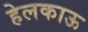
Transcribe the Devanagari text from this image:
हेलकाऊ